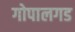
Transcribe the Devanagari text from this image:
गोपालगड